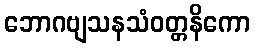
ဘောဂဗျသနသံဝတ္တနိကော